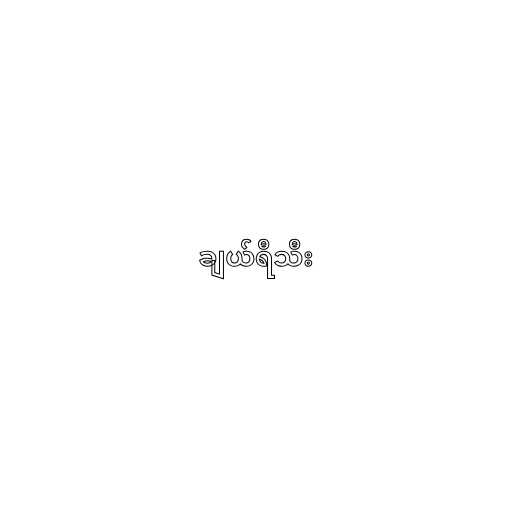
ချယ်ရီသီး